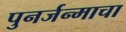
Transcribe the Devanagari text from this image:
पुनर्जन्माचा